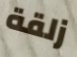
زلقة